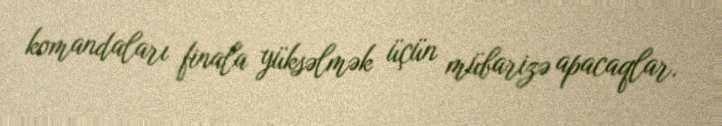
komandaları finala yüksəlmək üçün mübarizə apacaqlar.